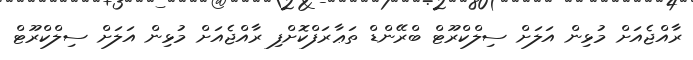
ރާއްޖެއަށް މުޅިން އަލަށް ސިލްކްރޫޓް ބްރޭންޑް ތަޢާރަފްކޮށްފި ރާއްޖެއަށް މުޅިން އަލަށް ސިލްކްރޫޓް